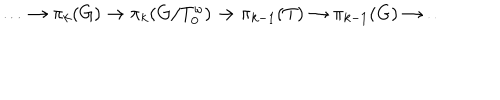
LaTeX: \ldots \to \pi _ { k } ( G ) \to \pi _ { k } ( G / T _ { 0 } ^ { \omega } ) \to \pi _ { k - 1 } ( T ) \to \pi _ { k - 1 } ( G ) \to \ldots